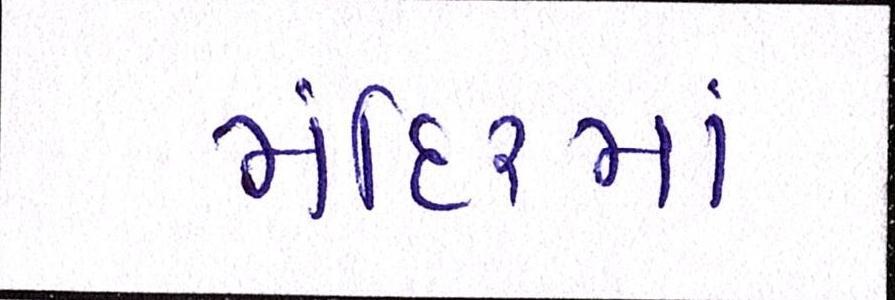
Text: મંદિરમાં